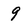
Character: 9